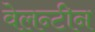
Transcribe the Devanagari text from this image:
वेलन्टीन